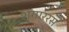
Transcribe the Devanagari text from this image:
शृगाररस